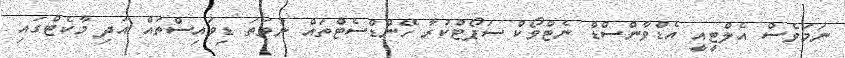
ނަމަވެސް އެލްޓީއީ އެޑްވާންސްޑް ނެޓްވޯކް ސަޕޯޓްކުރާ ހޭންޑްސެޓްތައް ނުވަތަ ޑިވައިސްތައް އަދި މާކެޓްގައި